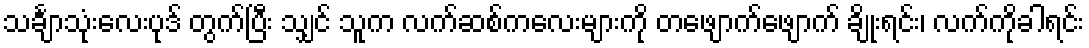
သင်္ချာသုံးလေးပုဒ် တွက်ပြီး သျှင် သူက လက်ဆစ်ကလေးများကို တဖျောက်ဖျောက် ချိုးရင်း၊ လက်ကိုခါရင်း